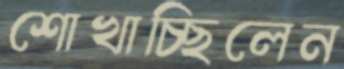
শোখাচ্ছিলেন